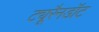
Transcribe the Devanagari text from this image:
ट्यूरैनडॉट